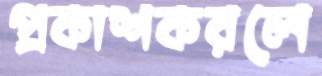
প্রকাশকরলে